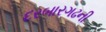
દરબારગઢની